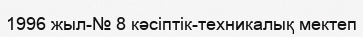
1996 жыл-№ 8 кәсіптік-техникалық мектеп